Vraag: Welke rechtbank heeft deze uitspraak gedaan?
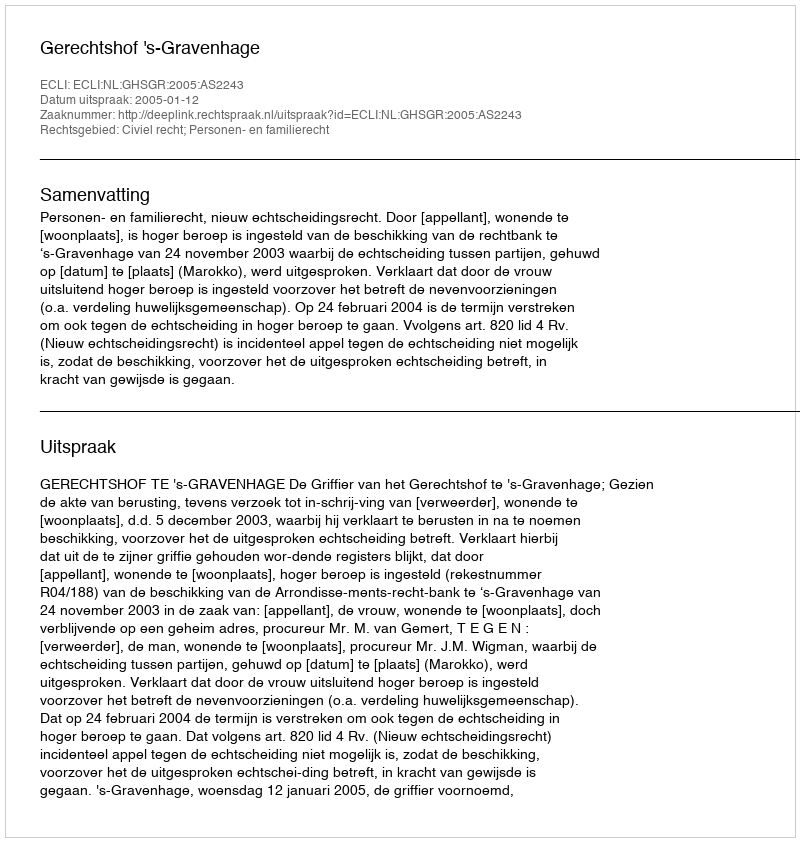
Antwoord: Gerechtshof 's-Gravenhage